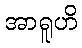
အာရူဟိ